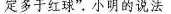
定多于红球”小明的说法